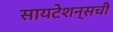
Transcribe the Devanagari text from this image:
सायटेशन्सची